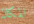
المكان